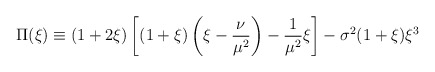
\begin{align*}\Pi(\xi) \equiv (1+2\xi)\left[(1+\xi)\left(\xi-\frac{\nu}{\mu^2}\right) - \frac{1}{\mu^2}\xi\right] -\sigma^2(1+\xi)\xi^3\end{align*}